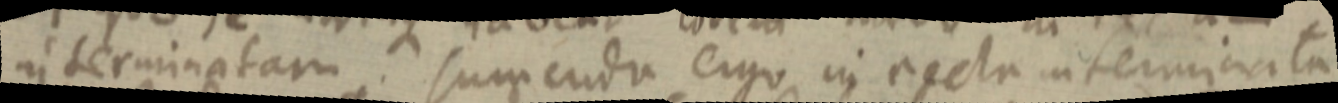
interminatam. sum cudo ergo in recta interminata